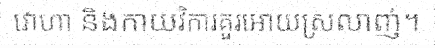
វោហា និងកាយវិការគួរអោយស្រលាញ់។